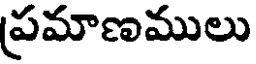
ప్రమాణములు